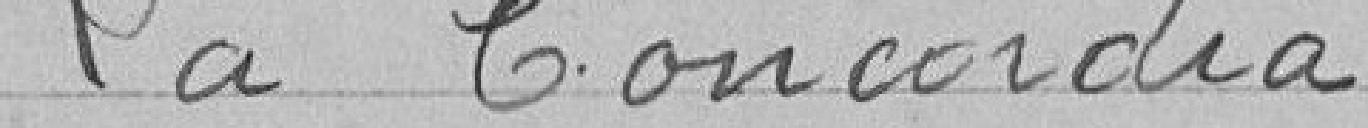
> La Concordia